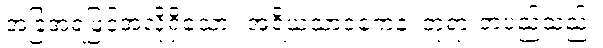
အခြံအရံဖြင့်အလိုရှိသော။ အရိယသာဝကေန၊ ဘုရားတပည့်သည်။